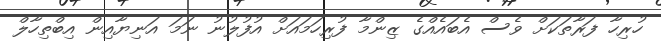
ހުރިހާ ފަރާތަކަށް ވެސް އެބައެއްގެ ޒިންމާ ފުރިހަމައަށް އުފުލުނު ނަމަ އަނިޔާއިން އިބްތިހާލް